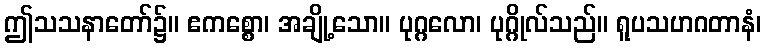
ဤသသနာတော်၌။ ဧကစ္စော၊ အချို့သော။ ပုဂ္ဂလော၊ ပုဂ္ဂိုလ်သည်။ ရူပသဟဂတာနံ၊